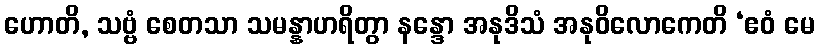
ဟောတိ, သဗ္ဗံ စေတသာ သမန္နာဟရိတွာ နန္ဒော အနုဒိသံ အနုဝိလောကေတိ ‘ဧဝံ မေ